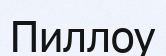
Пиллоу